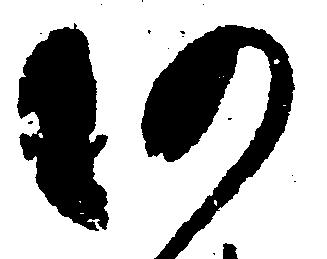
仍